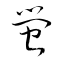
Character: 蛍